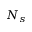
N _ { s }